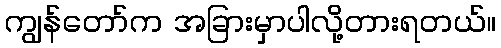
ကျွန်တော်က အခြားမှာပါလို့တားရတယ်။